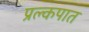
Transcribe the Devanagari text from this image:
प्रल्कपात